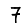
Digit: 7